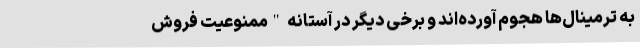
به ترمینال‌ها هجوم آورده‌اند و برخی دیگر در آستانه "ممنوعیت فروش